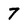
Character: 7